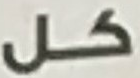
كل